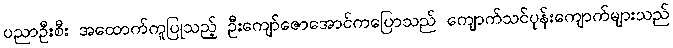
ပညာဦးစီး အထောက်ကူပြုသည့် ဦးကျော်ဇောအောင်ကပြောသည် ကျောက်သင်ပုန်းကျောက်များသည်